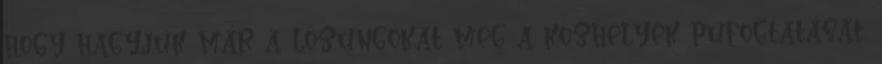
hogy hagyjuk már a lózungokat meg a közhelyek pufogtatását.